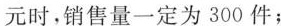
元时，销售量一定为300件；